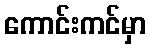
ကောင်းကင်မှာ